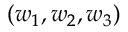
( w _ { 1 } , w _ { 2 } , w _ { 3 } )